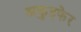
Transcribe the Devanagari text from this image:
अकुइफेर